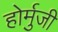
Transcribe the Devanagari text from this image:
होर्मुजी